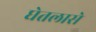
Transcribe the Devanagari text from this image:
घेतलासे